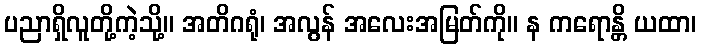
ပညာရှိလူတို့ကဲ့သို့။ အတိဂရုံ၊ အလွန် အလေးအမြတ်ကို။ န ကရောန္တိ ယထာ၊